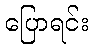
ပြောရင်း